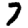
Digit: 7